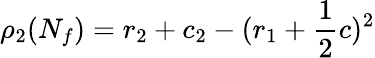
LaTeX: \rho_{2}(N_{f})=r_{2}+c_{2}-(r_{1}+\frac{1}{2}c)^{2}